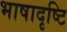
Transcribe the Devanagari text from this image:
भाषादृष्टि